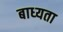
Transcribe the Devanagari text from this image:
बाध्‍यता